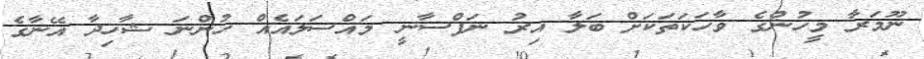
ނޫމަރާ މީހުންގެ ވާހަކަތަކަށް ބަލާ އިރު ނަފްސާނީ މައްސަލައެއް ހުންނަ ޝާހިދާ އޭނާގެ